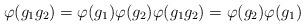
LaTeX: \begin{align*}\varphi (g_1 g_2) = \varphi (g_1) \varphi (g_2) \varphi (g_1 g_2) = \varphi (g_2) \varphi (g_1)\end{align*}